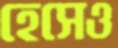
হেসেও